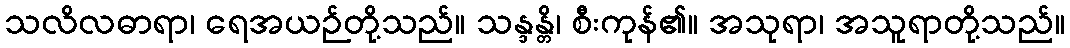
သလိလဓာရာ၊ ရေအယဉ်တို့သည်။ သန္ဒန္တိ၊ စီးကုန်၏။ အသုရာ၊ အသူရာတို့သည်။